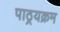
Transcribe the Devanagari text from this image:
पाठ्रयक्रम